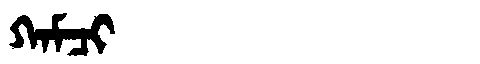
Manchu: ᡴᠠᠮᠴᡳ
Romanization: KAMCI